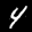
Label: 4